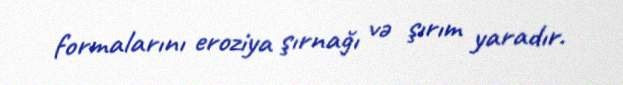
formalarını eroziya şırnağı və şırım yaradır.